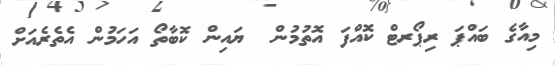
މިއާގެ ބައްޕަ ރިޕޯރޓް ކޮއްފަ އޮތުމުން  ޔައިން ކޮބާތޯ އަހަމުން އެތެރެއަށް